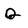
Character: Q